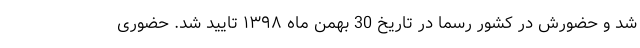
شد و حضورش در کشور رسما در تاریخ 30 بهمن ماه ۱۳۹۸ تایید شد. حضوری